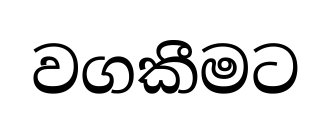
වගකීමට